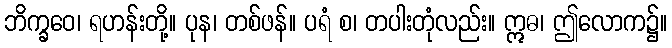
ဘိက္ခဝေ၊ ရဟန်းတို့။ ပုန၊ တစ်ဖန်။ ပရံ စ၊ တပါးတုံလည်း။ ဣဓ၊ ဤလောက၌။